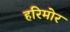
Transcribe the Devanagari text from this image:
हरिमोर